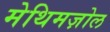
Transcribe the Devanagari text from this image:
मेथिमज़ोल